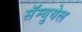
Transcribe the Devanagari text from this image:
सॅम्युयेल